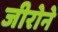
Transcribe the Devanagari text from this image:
जीरोने